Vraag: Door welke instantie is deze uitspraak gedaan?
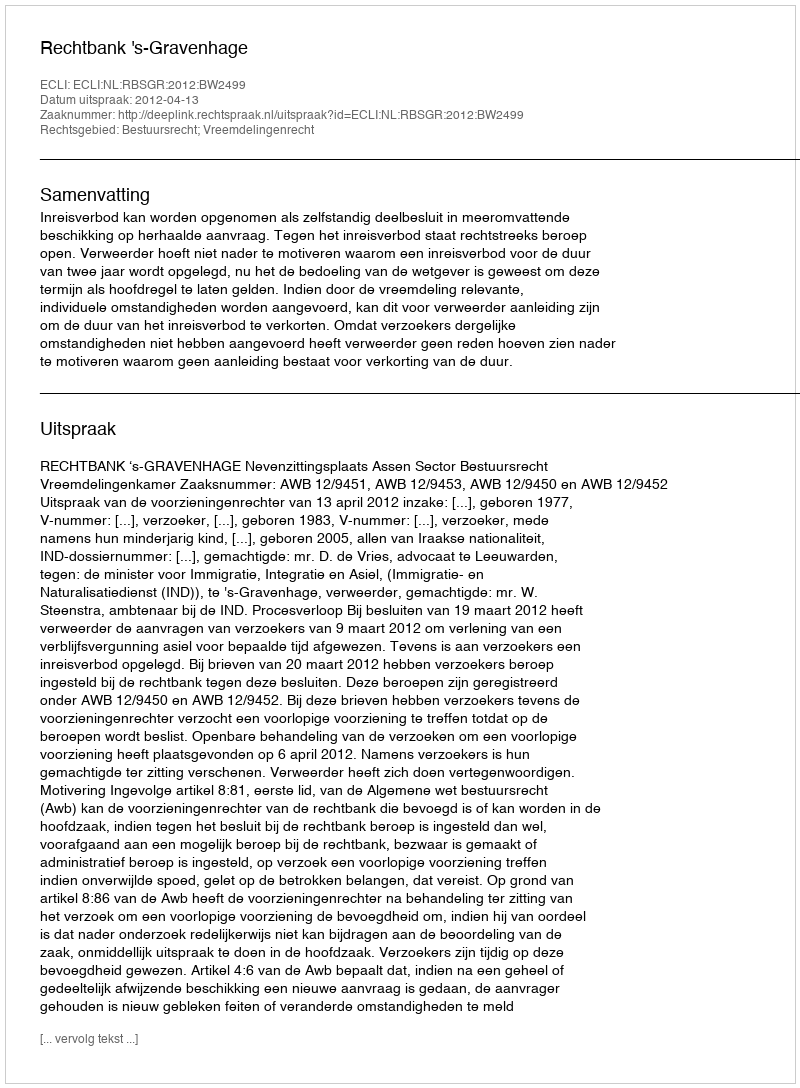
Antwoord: Rechtbank 's-Gravenhage